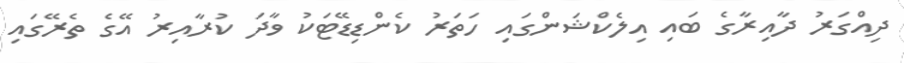
ދިއްގަރު ދާއިރާގެ ބައި އިލެކްޝަންގައި ހަތަރު ކެންޑިޑޭޓަކު ވާދަ ކުރާއިރު އޭގެ ތެރޭގައި